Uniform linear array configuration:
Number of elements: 4
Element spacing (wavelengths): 0.75
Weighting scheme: hamming
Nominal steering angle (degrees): -15
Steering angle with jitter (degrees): -14.566
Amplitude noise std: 0.05
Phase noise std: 0.05

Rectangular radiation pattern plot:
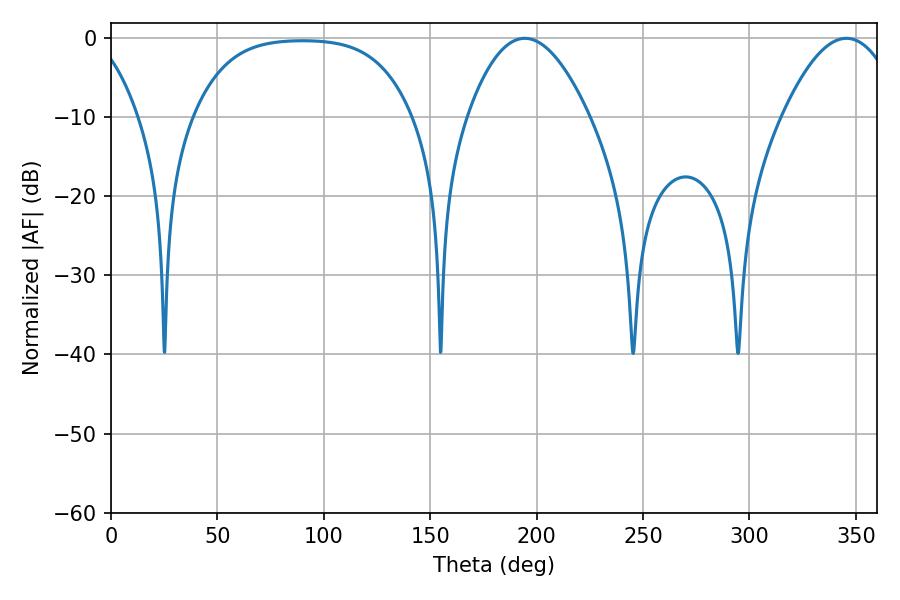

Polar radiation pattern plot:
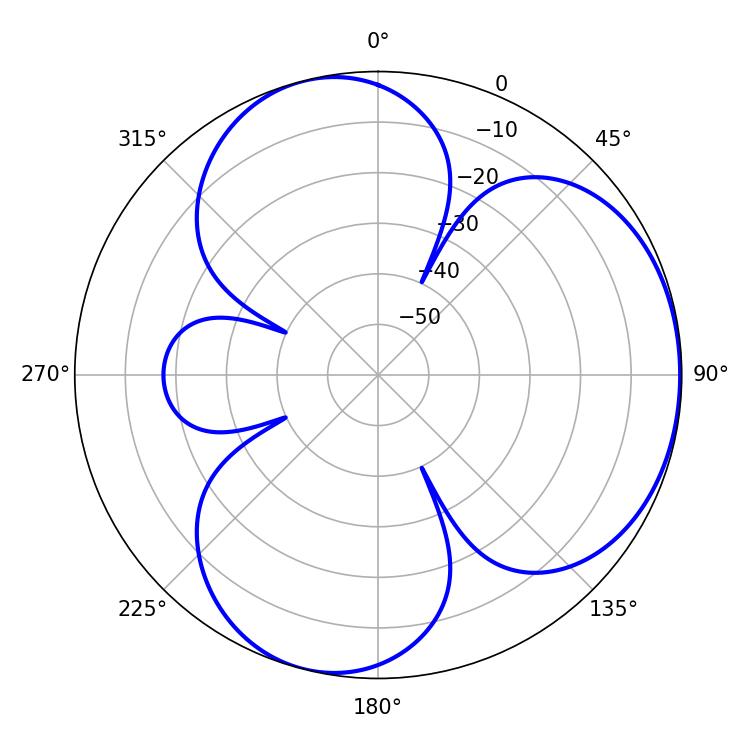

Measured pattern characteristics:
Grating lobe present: TRUE
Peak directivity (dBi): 4.325
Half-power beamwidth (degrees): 31.32
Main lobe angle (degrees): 194.4